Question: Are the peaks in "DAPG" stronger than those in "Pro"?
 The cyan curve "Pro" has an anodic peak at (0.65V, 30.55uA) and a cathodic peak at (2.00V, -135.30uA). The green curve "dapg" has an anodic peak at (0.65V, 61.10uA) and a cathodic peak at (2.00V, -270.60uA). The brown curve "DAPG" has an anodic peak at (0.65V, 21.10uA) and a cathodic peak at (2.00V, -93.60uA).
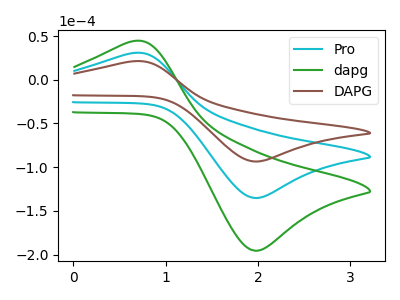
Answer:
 <answer>Every peak in "DAPG" is lower than every peak in "Pro".</answer>
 <eval>lower</eval>